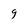
Character: 9